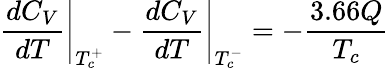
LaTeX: \left.\frac{dC_{V}}{dT}\right|_{T_{c}^{+}}-\left.\frac{dC_{V}}{dT}\right|_{T_{c}^{-}}=-\frac{3.66Q}{T_{c}}